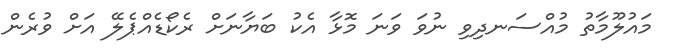
މައުލޫމާތު މުއްސަނދިވި ނުވަ ވަނަ މޮޅާ އެކު ބަޔާނަށް ރެކޯޑެއްޕެލޭ އަށް ވުރެން